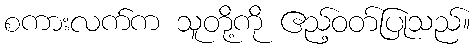
စကားလက်က သူတို့ကို ဧည့်ဝတ်ပြုသည်။